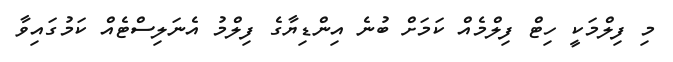
މި ފިލްމަކީ ހިޓް ފިލްމެއް ކަމަށް ބުނެ އިންޑިޔާގެ ފިލްމު އެނަލިސްޓެއް ކަމުގައިވާ